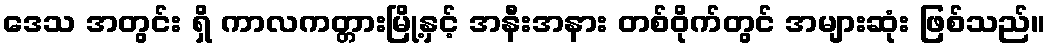
ဒေသ အတွင်း ရှိ ကာလကတ္တားမြို့နှင့် အနီးအနား တစ်ဝိုက်တွင် အများဆုံး ဖြစ်သည်။